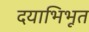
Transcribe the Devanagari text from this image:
दयाभिभूत